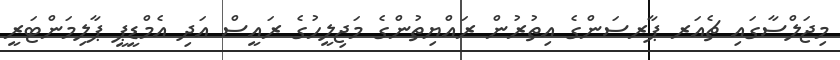
މިޖަލްސާގައި ޗެއަރ ޕާރސަންގެ އިތުރުން ރައްޔިތުންގެ މަޖިލީހުގެ ރައީސް އަދި އެމްޑީޕީ ޕާލިމަންޓަރީ